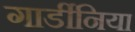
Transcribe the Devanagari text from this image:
गार्डीनिया